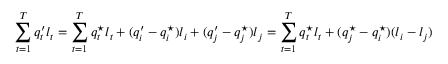
\sum _ { t = 1 } ^ { T } q _ { t } ^ { \prime } l _ { t } = \sum _ { t = 1 } ^ { T } q _ { t } ^ { \star } l _ { t } + ( q _ { i } ^ { \prime } - q _ { i } ^ { \star } ) l _ { i } + ( q _ { j } ^ { \prime } - q _ { j } ^ { \star } ) l _ { j } = \sum _ { t = 1 } ^ { T } q _ { t } ^ { \star } l _ { t } + ( q _ { j } ^ { \star } - q _ { i } ^ { \star } ) ( l _ { i } - l _ { j } )